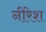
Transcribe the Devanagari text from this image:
नीरेश